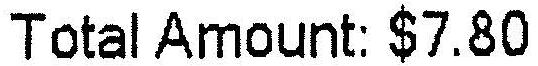
TOTAL AMOUNT: $7.80